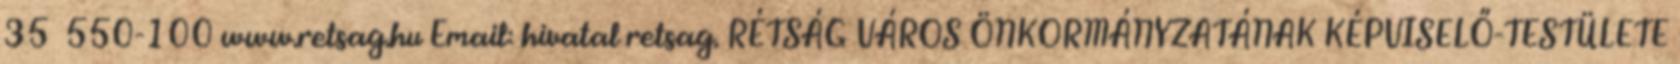
35 550-100 www.retsag.hu Email: hivatal retsag. RÉTSÁG VÁROS ÖNKORMÁNYZATÁNAK KÉPVISELŐ-TESTÜLETE